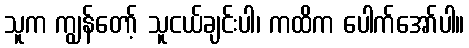
သူက ကျွန်တော့် သူငယ်ချင်းပါ၊ ကထိက ပေါက်အော်ပါ။